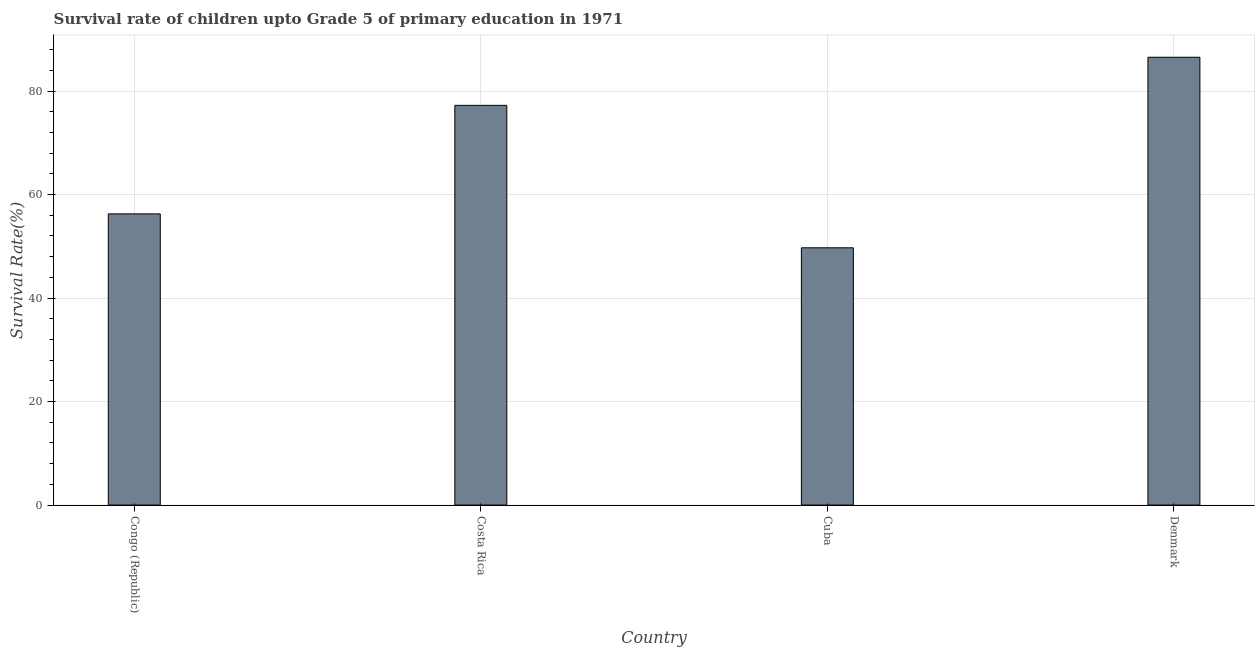
| Country | Survival rate |
 | --- | --- |
 | Congo (Republic) | 56.3 |
 | Costa Rica | 77.2 |
 | Cuba | 49.7 |
 | Denmark | 86.5 |